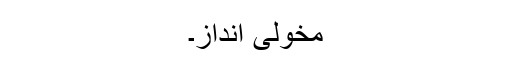
مخولی انداز۔